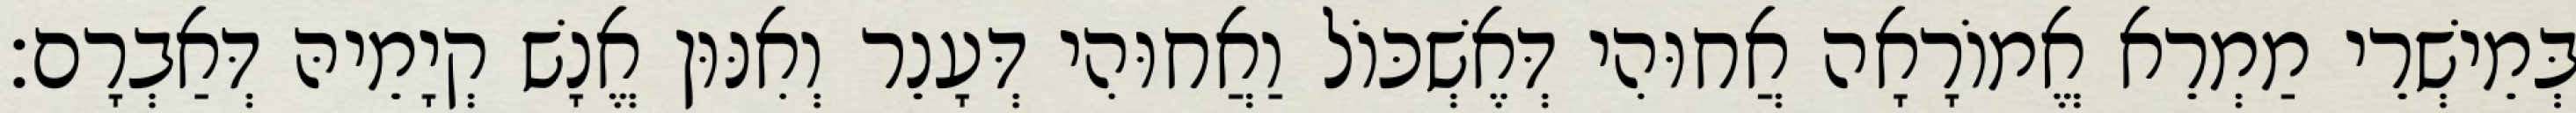
בְּמֵישְׁרֵי מַמְרֵא אֱמוֹרָאָה אֲחוּהִי דְּאֶשְׁכּוֹל וַאֲחוּהִי דְּעָנֵר וְאִנּוּן אֱנָשׁ קְיָמֵיהּ דְּאַבְרָם׃